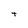
Character: t